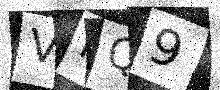
Text: VMQ9